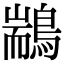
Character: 䳪